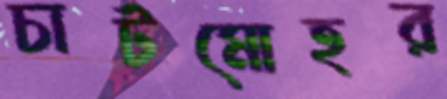
চাটমোহর